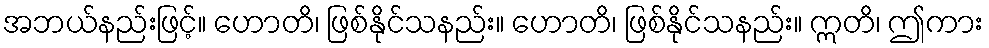
အဘယ်နည်းဖြင့်။ ဟောတိ၊ ဖြစ်နိုင်သနည်း။ ဟောတိ၊ ဖြစ်နိုင်သနည်း။ ဣတိ၊ ဤကား